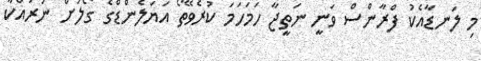
މި ލަނޑާއެކު ފްރާންސް ވަނީ ނަތީޖާ ހަމަހަމަ ކުރެވޭތޯ އަޔަލެންޑްގެ ގޯލަށް ނުރައްކާ